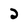
Character: 2